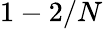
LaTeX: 1-2/N